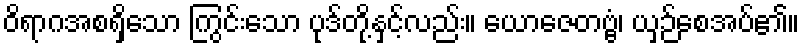
ဝိရာဂအစရှိသော ကြွင်းသော ပုဒ်တို့နှင့်လည်း။ ယောဇေတဗ္ဗံ၊ ယှဉ်စေအပ်၏။